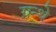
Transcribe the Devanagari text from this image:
ग्रन्थे